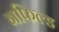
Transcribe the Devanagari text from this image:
नफिल्ड